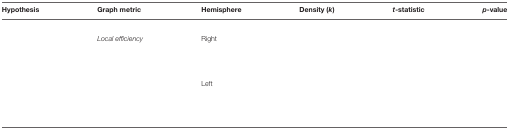
<table><thead><tr><td><b>Hypothesis</b></td><td><b>Graph metric</b></td><td><b>Hemisphere</b></td><td><b>Density (<i>k</i>)</b></td><td><b><i>t</i>-statistic</b></td><td><b><i>p</i>-value</b></td></tr></thead><tbody><tr><td colspan="6">[EMPTY_CELL]</td></tr><tr><td>[EMPTY_CELL]</td><td><i>Local efficiency</i></td><td>Right</td><td>[EMPTY_CELL]</td><td>[EMPTY_CELL]</td><td>[EMPTY_CELL]</td></tr><tr><td>[EMPTY_CELL]</td><td>[EMPTY_CELL]</td><td>[EMPTY_CELL]</td><td>[EMPTY_CELL]</td><td>[EMPTY_CELL]</td><td>[EMPTY_CELL]</td></tr><tr><td>[EMPTY_CELL]</td><td>[EMPTY_CELL]</td><td>[EMPTY_CELL]</td><td>[EMPTY_CELL]</td><td>[EMPTY_CELL]</td><td>[EMPTY_CELL]</td></tr><tr><td>[EMPTY_CELL]</td><td>[EMPTY_CELL]</td><td>[EMPTY_CELL]</td><td>[EMPTY_CELL]</td><td>[EMPTY_CELL]</td><td>[EMPTY_CELL]</td></tr><tr><td>[EMPTY_CELL]</td><td>[EMPTY_CELL]</td><td>Left</td><td>[EMPTY_CELL]</td><td>[EMPTY_CELL]</td><td>[EMPTY_CELL]</td></tr><tr><td>[EMPTY_CELL]</td><td>[EMPTY_CELL]</td><td>[EMPTY_CELL]</td><td>[EMPTY_CELL]</td><td>[EMPTY_CELL]</td><td>[EMPTY_CELL]</td></tr><tr><td>[EMPTY_CELL]</td><td>[EMPTY_CELL]</td><td>[EMPTY_CELL]</td><td>[EMPTY_CELL]</td><td>[EMPTY_CELL]</td><td>[EMPTY_CELL]</td></tr><tr><td>[EMPTY_CELL]</td><td>[EMPTY_CELL]</td><td>[EMPTY_CELL]</td><td>[EMPTY_CELL]</td><td>[EMPTY_CELL]</td><td>[EMPTY_CELL]</td></tr></tbody></table>